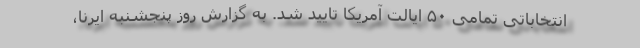
انتخاباتی تمامی ۵۰ ایالت آمریکا تایید شد. به گزارش روز پنجشنبه ایرنا،